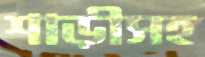
শাড়ীসহ